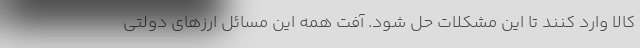
کالا وارد کنند تا این مشکلات حل شود. آفت همه این مسائل ارزهای دولتی